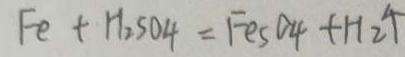
F e + H _ { 2 } S O 4 = F e _ { 5 } S O _ { 4 } + H 2 \uparrow